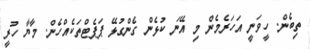
ތިބެން. ހީވަނީ އަހަރެމެން މި އޭނަ ކުޅެން ގެންގުޅޭ ޕަޕެޓްތަކެއްހެން. މާޔާ ހުރީ